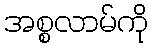
အစ္စလာမ်ကို